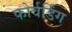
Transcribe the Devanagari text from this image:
फोर्वर्डिंग